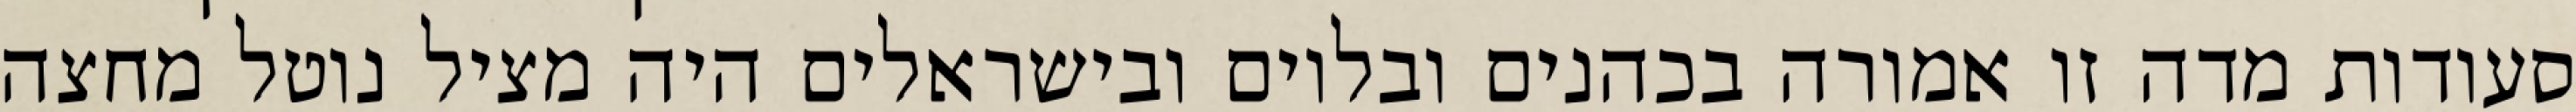
סעודות מדה זו אמורה בכהנים ובלוים ובישראלים היה מציל נוטל מחצה